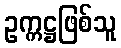
ဥက္ကဋ္ဌဖြစ်သူ